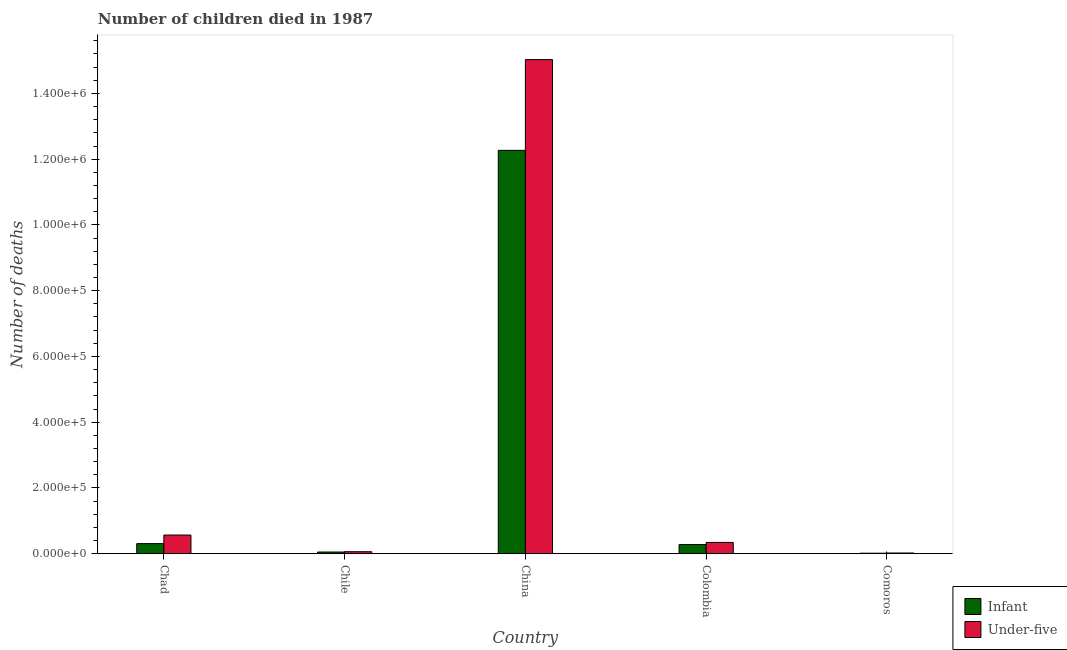
| Country | Infant | Under-five |
 | --- | --- | --- |
 | Chad | 3.08e+04 | 5.69e+04 |
 | Chile | 5.22e+03 | 6.15e+03 |
 | China | 1.23e+06 | 1.5e+06 |
 | Colombia | 2.79e+04 | 3.43e+04 |
 | Comoros | 1.58e+03 | 2.25e+03 |